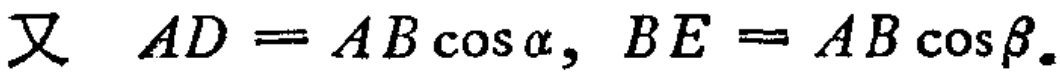
又 \(AD = AB\cos\alpha, BE = AB\cos\beta.\)